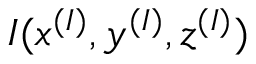
I ( x ^ { ( I ) } , y ^ { ( I ) } , z ^ { ( I ) } )